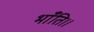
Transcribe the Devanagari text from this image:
भाँति।।